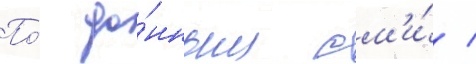
По́ да́нным см'и́ /